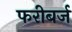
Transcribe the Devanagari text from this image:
फरीबर्ज